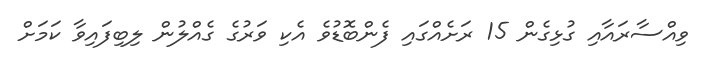
ވިއްސާރައާއި ގުޅިގެން 15 ރަށެއްގައި ފެންބޮޑުވެ އެކި ވަރުގެ ގެއްލުން ލިބިފައިވާ ކަމަށް